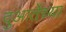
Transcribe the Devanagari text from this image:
दुआर्तेच्या